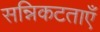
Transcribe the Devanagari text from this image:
सन्निकटताएँ